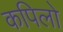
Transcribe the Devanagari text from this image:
कपिलो